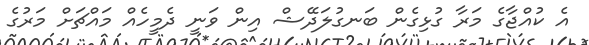
އެ ކުއްޖާގެ މަރާ ގުޅިގެން ބަނގުލަދޭޝް އިން ވަނީ ދެމީހެއް މައްޗަށް މަރުގެ